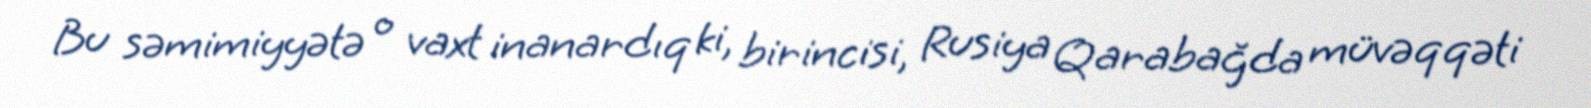
Bu səmimiyyətə o vaxt inanardıq ki, birincisi, Rusiya Qarabağda müvəqqəti